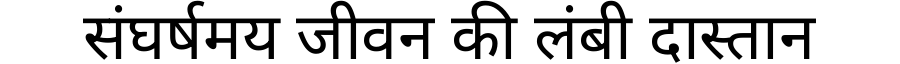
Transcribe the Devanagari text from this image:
संघर्षमय जीवन की लंबी दास्तान